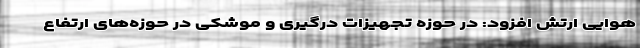
هوایی ارتش افزود: در حوزه تجهیزاتِ درگیری و موشکی در حوزه‌های ارتفاع